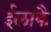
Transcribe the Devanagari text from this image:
ईलाकै